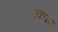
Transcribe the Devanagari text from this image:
एकपक्ष